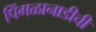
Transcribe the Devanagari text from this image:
पिंगळानाडीची